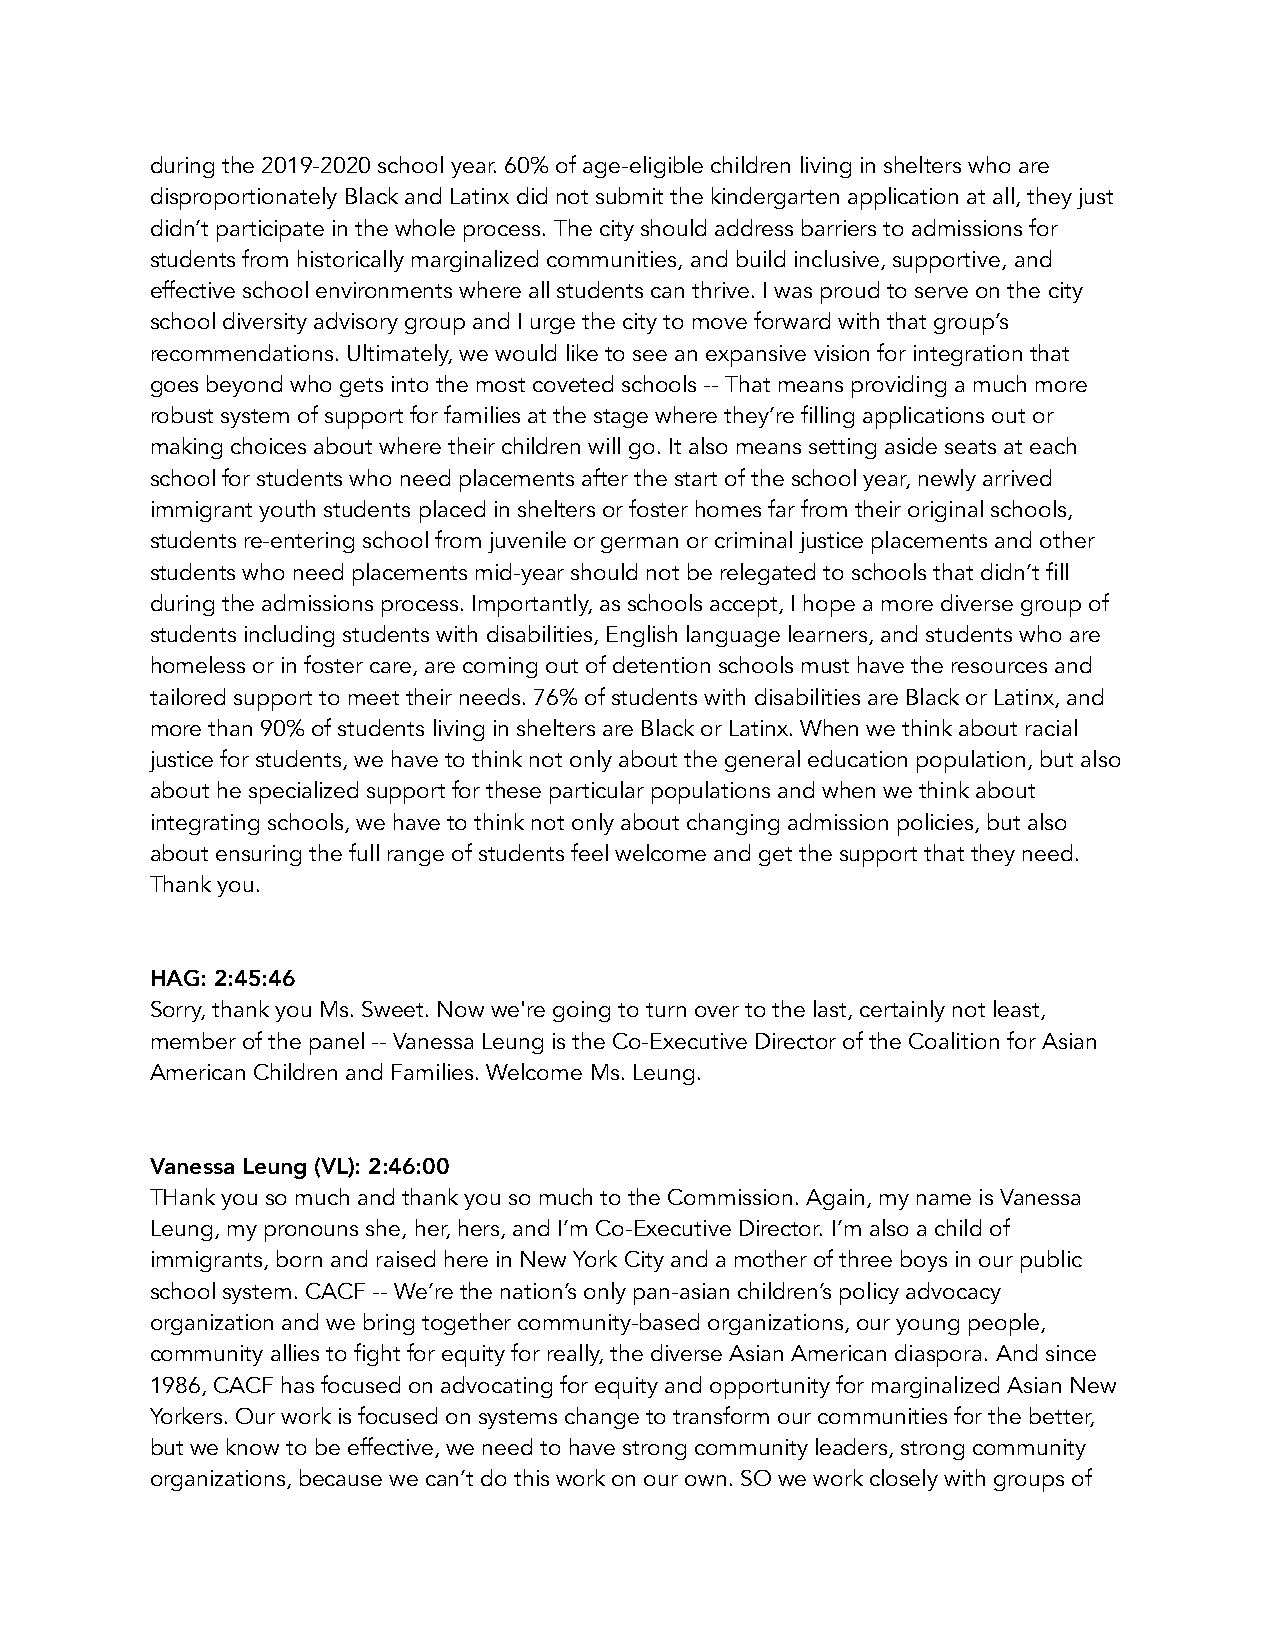
during the 2019-2020 school year. 60% of age-eligible children living in shelters who are
 disproportionately Black and Latinx did not submit the kindergarten application at all, they just
 didn’t participate in the whole process. The city should address barriers to admissions for
 students from historically marginalized communities, and build inclusive, supportive, and
 effective school environments where all students can thrive. I was proud to serve on the city
 school diversity advisory group and I urge the city to move forward with that group’s
 recommendations. Ultimately, we would like to see an expansive vision for integration that
 goes beyond who gets into the most coveted schools -- That means providing a much more
 robust system of support for families at the stage where they’re filling applications out or
 making choices about where their children will go. It also means setting aside seats at each
 school for students who need placements after the start of the school year, newly arrived
 immigrant youth students placed in shelters or foster homes far from their original schools,
 students re-entering school from juvenile or german or criminal justice placements and other
 students who need placements mid-year should not be relegated to schools that didn’t fill
 during the admissions process. Importantly, as schools accept, I hope a more diverse group of
 students including students with disabilities, English language learners, and students who are
 homeless or in foster care, are coming out of detention schools must have the resources and
 tailored support to meet their needs. 76% of students with disabilities are Black or Latinx, and
 more than 90% of students living in shelters are Black or Latinx. When we think about racial
 justice for students, we have to think not only about the general education population, but also
 about he specialized support for these particular populations and when we think about
 integrating schools, we have to think not only about changing admission policies, but also
 about ensuring the full range of students feel welcome and get the support that they need.
 Thank you.
 HAG: 2:45:46
 Sorry, thank you Ms. Sweet. Now we're going to turn over to the last, certainly not least,
 member of the panel -- Vanessa Leung is the Co-Executive Director of the Coalition for Asian
 American Children and Families. Welcome Ms. Leung.
 Vanessa Leung (VL): 2:46:00
 THank you so much and thank you so much to the Commission. Again, my name is Vanessa
 Leung, my pronouns she, her, hers, and I’m Co-Executive Director. I’m also a child of
 immigrants, born and raised here in New York City and a mother of three boys in our public
 school system. CACF -- We’re the nation’s only pan-asian children’s policy advocacy
 organization and we bring together community-based organizations, our young people,
 community allies to fight for equity for really, the diverse Asian American diaspora. And since
 1986, CACF has focused on advocating for equity and opportunity for marginalized Asian New
 Yorkers. Our work is focused on systems change to transform our communities for the better,
 but we know to be effective, we need to have strong community leaders, strong community
 organizations, because we can’t do this work on our own. SO we work closely with groups of